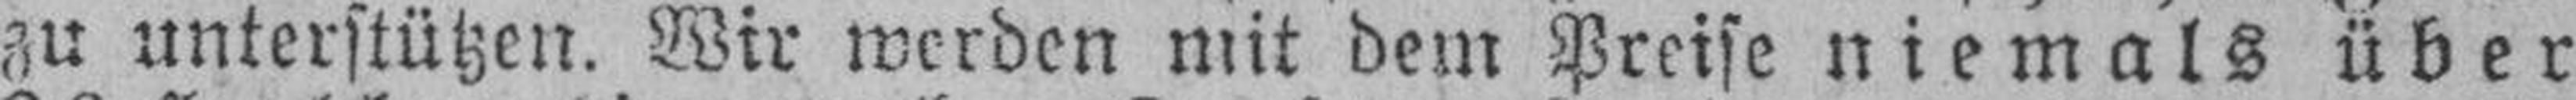
zu unterstützen. Wir werden mit dem Preise niemals über